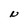
Character: N